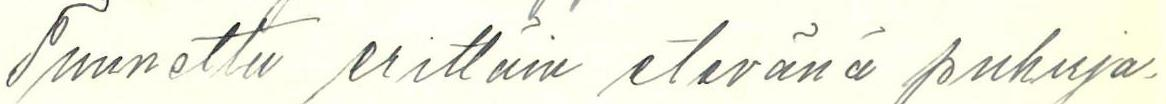
Tunnettu erittäin etevänä puhuja-.